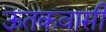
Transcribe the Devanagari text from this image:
ऊतकवासी